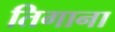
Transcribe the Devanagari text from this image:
तिगाना